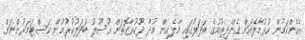
އެހެންކަމުން ހުޅުމާލެއަށް ގެންދިއުމުގެ ބަދަލުގައި މާލެއިން މުދާ ދޫކުރާގޮތަށް އުސޫލު ބަދަލުކުރުމުން ކަސްޓަމަރުންނަށް